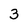
Character: 3